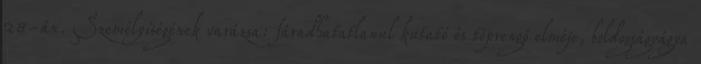
28-án. Személyiségének varázsa: fáradhatatlanul kutató és töprengő elméje, boldogságvágya